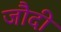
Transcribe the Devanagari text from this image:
जौदी